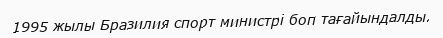
1995 жылы Бразилия спорт министрі боп тағайындалды.